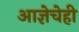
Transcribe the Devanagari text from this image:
आज्ञेचेही